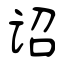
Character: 诏